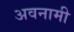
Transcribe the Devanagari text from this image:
अवनामी